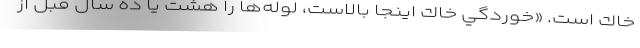
خاك است. «خوردگي خاك اينجا بالاست، لوله‌ها را هشت يا ده سال قبل از